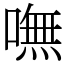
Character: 嘸